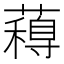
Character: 𮒋